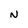
Character: N